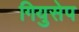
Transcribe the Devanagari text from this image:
गियुसेप